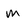
Character: m